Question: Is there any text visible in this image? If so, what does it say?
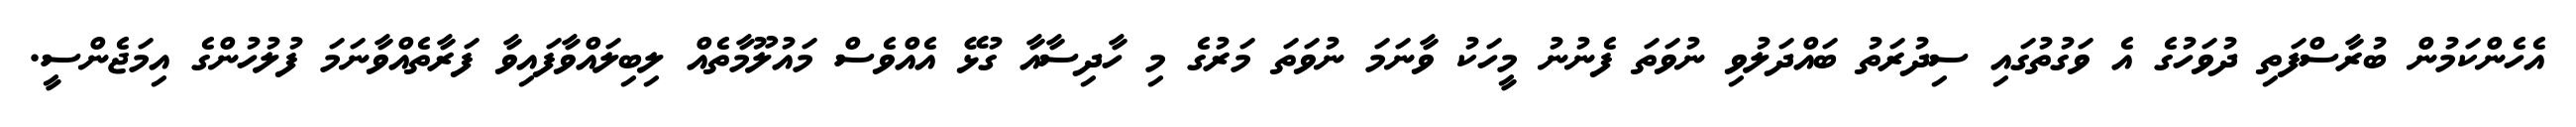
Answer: އެހެންކަމުން ބުރާސްފަތި ދުވަހުގެ އެ ވަގުތުގައި ސިދުރަތު ބައްދަލުވި ނުވަތަ ފެނުނު މީހަކު ވާނަމަ ނުވަތަ މަރުގެ މި ހާދިސާއާ ގުޅޭ އެއްވެސް މައުލޫމާތެއް ލިބިލައްވާފައިވާ ފަރާތެއްވާނަމަ ފުލުހުންގެ އިމަޖެންސީ.